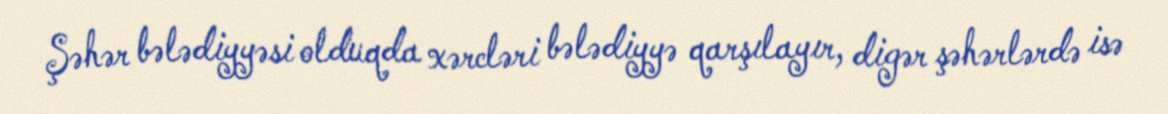
Şəhər bələdiyyəsi olduqda xərcləri bələdiyyə qarşılayır, digər şəhərlərdə isə